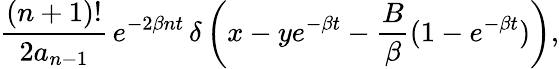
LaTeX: \frac{(n+1)!}{2a_{n-1}}\, e^{-2\beta nt}\, \delta\left(x-ye^{-\beta t}-\frac{B}{\beta}(1-e^{-\beta t})\right),